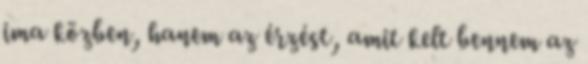
ima közben, hanem az érzést, amit kelt bennem az